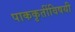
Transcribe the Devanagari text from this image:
पाककृतींविषयी